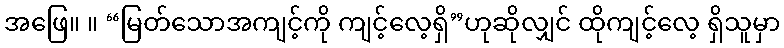
အဖြေ။ ။ “မြတ်သောအကျင့်ကို ကျင့်လေ့ရှိ”ဟုဆိုလျှင် ထိုကျင့်လေ့ ရှိသူမှာ